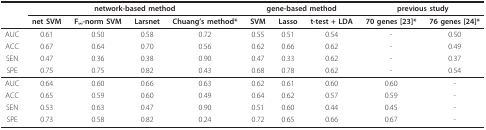
<table><thead><tr><td></td><td colspan="4"><b>network-based method</b></td><td colspan="3"><b>gene-based method</b></td><td colspan="2"><b>previous study</b></td></tr><tr><td></td><td><b>net SVM</b></td><td><b>F<sub>∞</sub>-norm SVM</b></td><td><b>Larsnet</b></td><td><b>Chuang&#x27;s method*</b></td><td><b>SVM</b></td><td><b>Lasso</b></td><td><b>t-test + LDA</b></td><td><b>70 genes [23]*</b></td><td><b>76 genes [24]*</b></td></tr></thead><tbody><tr><td>AUC</td><td>0.61</td><td>0.50</td><td>0.58</td><td>0.72</td><td>0.55</td><td>0.51</td><td>0.54</td><td>-</td><td>0.50</td></tr><tr><td>ACC</td><td>0.67</td><td>0.64</td><td>0.70</td><td>0.56</td><td>0.62</td><td>0.66</td><td>0.62</td><td>-</td><td>0.49</td></tr><tr><td>SEN</td><td>0.47</td><td>0.36</td><td>0.38</td><td>0.90</td><td>0.47</td><td>0.33</td><td>0.62</td><td>-</td><td>0.37</td></tr><tr><td>SPE</td><td>0.75</td><td>0.75</td><td>0.82</td><td>0.43</td><td>0.68</td><td>0.78</td><td>0.62</td><td>-</td><td>0.54</td></tr><tr><td>AUC</td><td>0.64</td><td>0.60</td><td>0.66</td><td>0.63</td><td>0.62</td><td>0.61</td><td>0.60</td><td>0.60</td><td>-</td></tr><tr><td>ACC</td><td>0.65</td><td>0.59</td><td>0.60</td><td>0.49</td><td>0.64</td><td>0.62</td><td>0.57</td><td>0.59</td><td>-</td></tr><tr><td>SEN</td><td>0.53</td><td>0.63</td><td>0.47</td><td>0.90</td><td>0.51</td><td>0.60</td><td>0.44</td><td>0.45</td><td>-</td></tr><tr><td>SPE</td><td>0.73</td><td>0.58</td><td>0.82</td><td>0.24</td><td>0.72</td><td>0.65</td><td>0.66</td><td>0.67</td><td>-</td></tr></tbody></table>